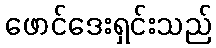
ဖောင်ဒေးရှင်းသည်